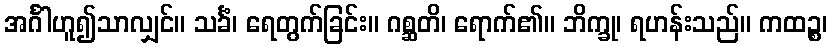
အင်္ဂါဟူ၍သာလျှင်။ သင်္ခံ၊ ရေတွက်ခြင်း။ ဂစ္ဆတိ၊ ရောက်၏။ ဘိက္ခု၊ ရဟန်းသည်။ ကထဉ္စ၊